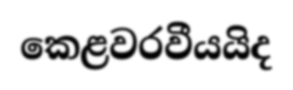
කෙළවරවීයයිද